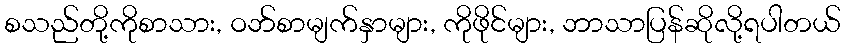
စသည်တို့ကိုစာသား, ဝဘ်စာမျက်နှာများ, ကိုဖိုင်များ, ဘာသာပြန်ဆိုလို့ရပါတယ်